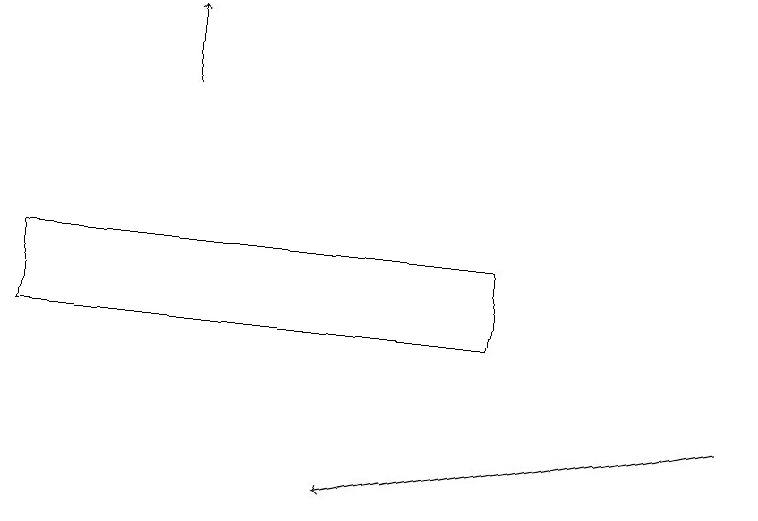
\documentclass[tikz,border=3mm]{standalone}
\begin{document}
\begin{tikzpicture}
\draw (0,13) rectangle (6,14);
\draw[->] (9,12) -- (4,11);
\draw[->] (2,16) -- (2,17);
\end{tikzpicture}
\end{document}